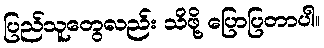
ပြည်သူတွေလည်း သိဖို့ ပြောပြတာပါ။